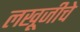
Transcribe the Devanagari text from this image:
लखूजीचे